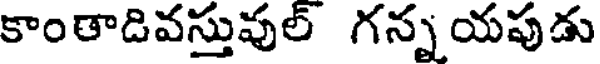
కాంతాడివస్తువుల్ గన్న యపుడు